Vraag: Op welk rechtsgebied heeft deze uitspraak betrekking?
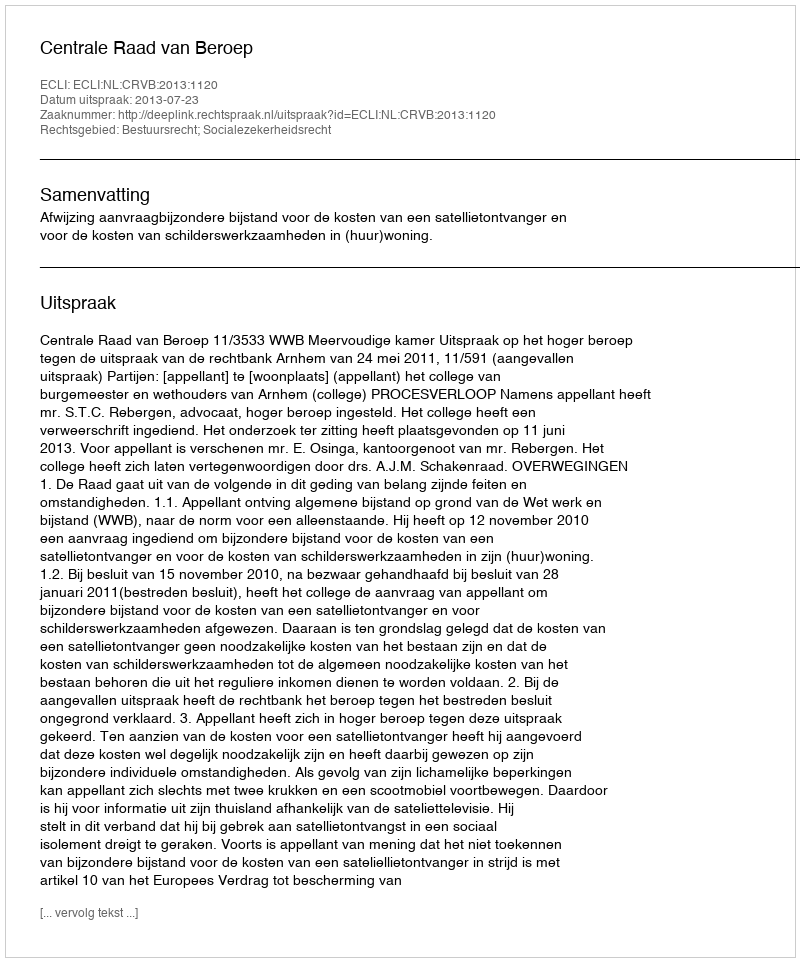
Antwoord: Bestuursrecht; Socialezekerheidsrecht